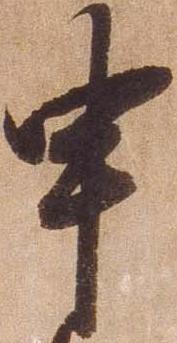
申